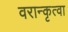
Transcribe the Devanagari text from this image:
वरान्कृत्वा